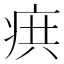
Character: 𭼊